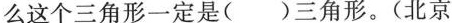
么这个三角形一定是( )三角形。(北京